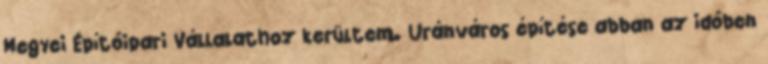
Megyei Építôipari Vállalathoz kerültem. Uránváros építése abban az idôben